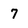
Character: 7